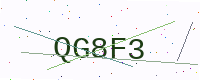
Text: QG8F3